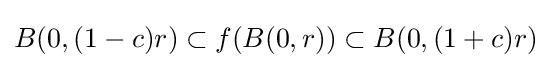
B(0,(1-c)r)\subset f(B(0,r))\subset B(0,(1+c)r)